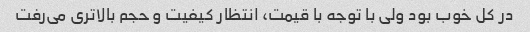
در کل خوب بود ولی با توجه با قیمت، انتظار کیفیت و حجم بالاتری می‌رفت